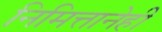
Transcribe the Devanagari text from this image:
निमित्तानेही